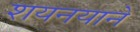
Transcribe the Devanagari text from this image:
शयनयाने